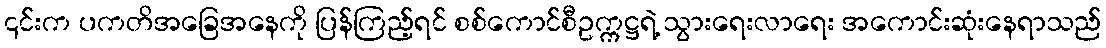
၎င်းက ပကတိအခြေအနေကို ပြန်ကြည့်ရင် စစ်ကောင်စီဥက္ကဋ္ဌရဲ့ သွားရေးလာရေး အကောင်းဆုံးနေရာသည်